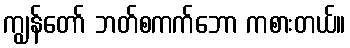
ကျွန်တော် ဘတ်စကက်ဘော ကစားတယ်။